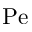
\mathrm { P e }